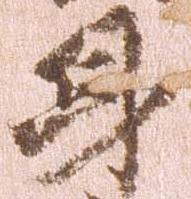
身